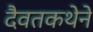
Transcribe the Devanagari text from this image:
दैवतकथेने